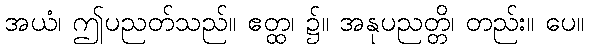
အယံ၊ ဤပညတ်သည်။ ဧတ္ထ၊ ၌။ အနုပညတ္တိ၊ တည်း။ ပေ။